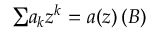
{ \textstyle \sum } a _ { k } z ^ { k } = a ( z ) \, ( \boldsymbol { B } )